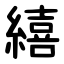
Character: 繥